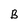
Character: B